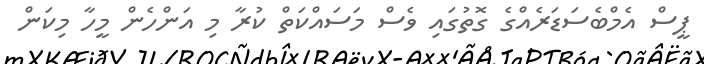
ޕީސް އެމްބެސަޑަރެއްގެ ގޮތުގައި ވެސް މަސައްކަތް ކުރާ މި އަންހެން މީހާ މިކަން